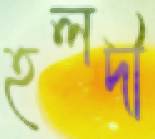
হলদী